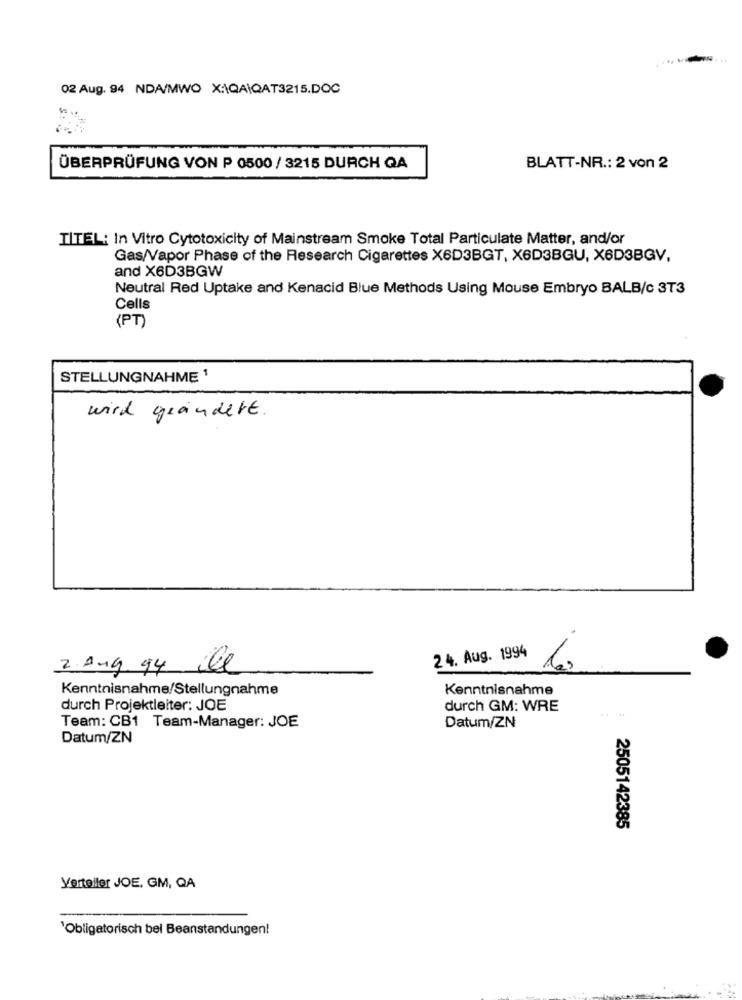
02 Aug. 94 NDA/MWO X:\QAIQAT3215.DOC
ÜBERPRÜFUNG VON P 0500 / 3215 DURCH QA
BLATT-NR .: 2 von 2
TITEL: In Vitro Cytotoxicity of Mainstream Smoke Total Particulate Matter, and/or
Gas/Vapor Phase of the Research Cigarettes X6D3BGT, X6D3BGU, X6D3BGV,
and X6D3BGW
Neutral Red Uptake and Kenacid Blue Methods Using Mouse Embryo BALB/c 3T3
Cells
(PT)
STELLUNGNAHME 1
wird geändert
24. Aug. 1994
2.Aug.94
le
Kenntnisnahme/Stellungnahme
Kenntnisnahme
durch Projektleiter: JOE
durch GM: WRE
Team: CB1 Team-Manager: JOE
Datum/ZN
Datum/ZN
2505142385
Verteller JOE, GM, QA
'Obligatorisch bel Beanstandungen!